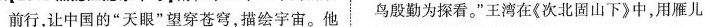
前行，让中国的”天眼”望穿苍穹，描绘宇宙。他 鸟殷勤为探看。”王湾在《次北固山下》中，用雁儿